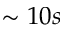
\sim 1 0 s